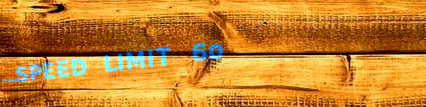
SPEED LIMIT 60